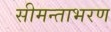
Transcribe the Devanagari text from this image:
सीमन्ताभरण